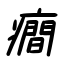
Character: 癇